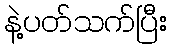
နဲ့ပတ်သက်ပြီး